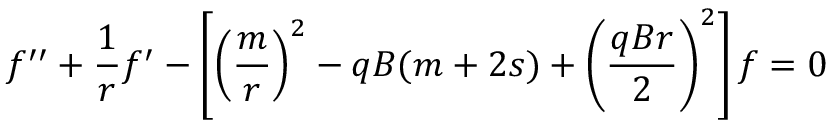
f ^ { \prime \prime } + \frac { 1 } { r } f ^ { \prime } - \left[ \left( \frac { m } { r } \right) ^ { 2 } - q B ( m + 2 s ) + \left( \frac { q B r } { 2 } \right) ^ { 2 } \right] f = 0